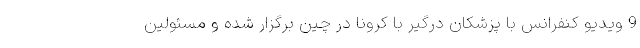
9 ویدیو کنفرانس با پزشکان درگیر با کرونا در چین برگزار شده و مسئولین